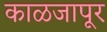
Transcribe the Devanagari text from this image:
काळजापूर